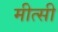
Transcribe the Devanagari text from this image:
मीत्सी